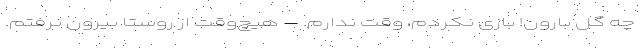
چه گُل بارون! بازی نکردم، وقت ندارم. – هیچ‌وقت از روستا بیرون نرفتم.